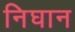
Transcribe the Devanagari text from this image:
निघान